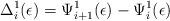
LaTeX: \begin{align*}\Delta_{i}^{1}(\epsilon) = \Psi_{i+1}^{1}(\epsilon) - \Psi_{i}^{1}(\epsilon)\end{align*}